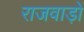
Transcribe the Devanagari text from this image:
राजवाड़ों